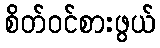
စိတ်ဝင်စားဖွယ်